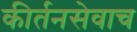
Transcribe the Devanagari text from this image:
कीर्तनसेवाच